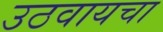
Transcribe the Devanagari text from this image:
उठवायचा